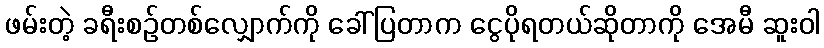
ဖမ်းတဲ့ ခရီးစဉ်တစ်လျှောက်ကို ခေါ်ပြတာက ငွေပိုရတယ်ဆိုတာကို အေမီ ဆူးဝါ